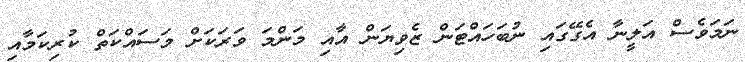
ނަމަވެސް އަލީނާ އެގޭގައި ނުބަހައްޓަން ޒެވިޔަން އާއި މަންމަ ވަރަކަށް މަސައްކަތް ކުރިކަމާއި